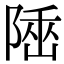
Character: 𨺭